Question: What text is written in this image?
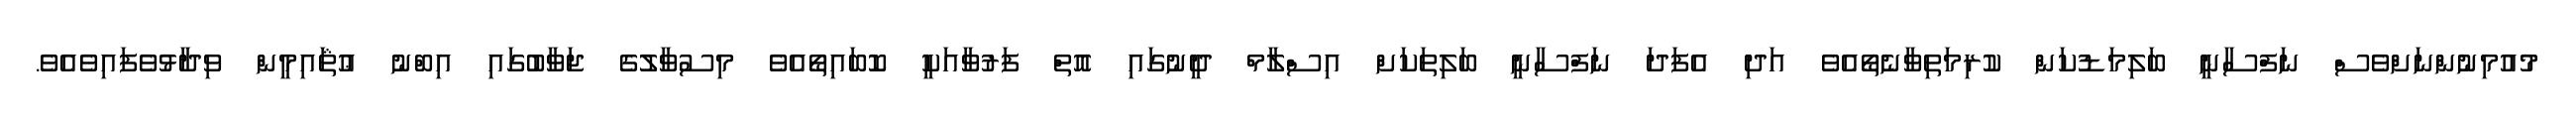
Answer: މުއުމިނުންނަށްވެސް ނަފްސާނީ ބަލިމަޑުކަން ކުރިމަތިވާނެތޯއެވެ އަދި އެފަދަ ނަފްސާނީ ބަލިތަކަށް އިސްލާމް ދީނުގައި އޮތް ފަރުވާއަކީ ކޮބައިތޯއެވެ މިސުވާލުގެ ޖަވާބުގައި އިބްނު ޢުޘައިމީން ވިދާޅުވެފައިވެއެވެ.